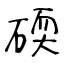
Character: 碝